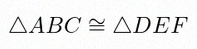
\triangle ABC\cong\triangle DEF